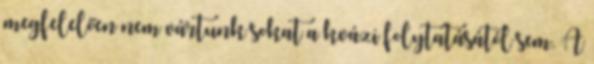
megfelelően nem vártunk sokat a kvázi folytatásától sem. A